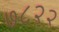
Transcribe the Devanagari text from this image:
७८२२